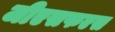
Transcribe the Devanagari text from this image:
जीएसफएस